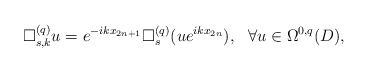
\begin{align*}\Box^{(q)}_{s,k}u=e^{-ikx_{2n+1}}\Box^{(q)}_s(ue^{ikx_{2n}}),\ \ \forall u\in\Omega^{0,q}(D),\end{align*}